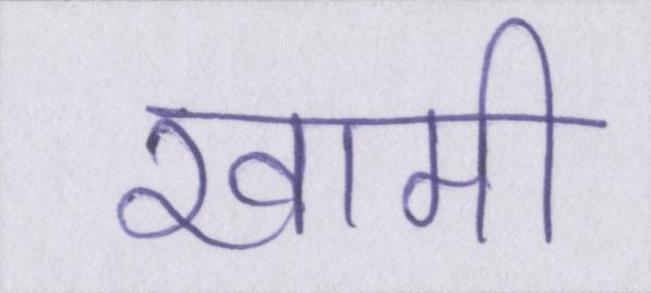
खामी